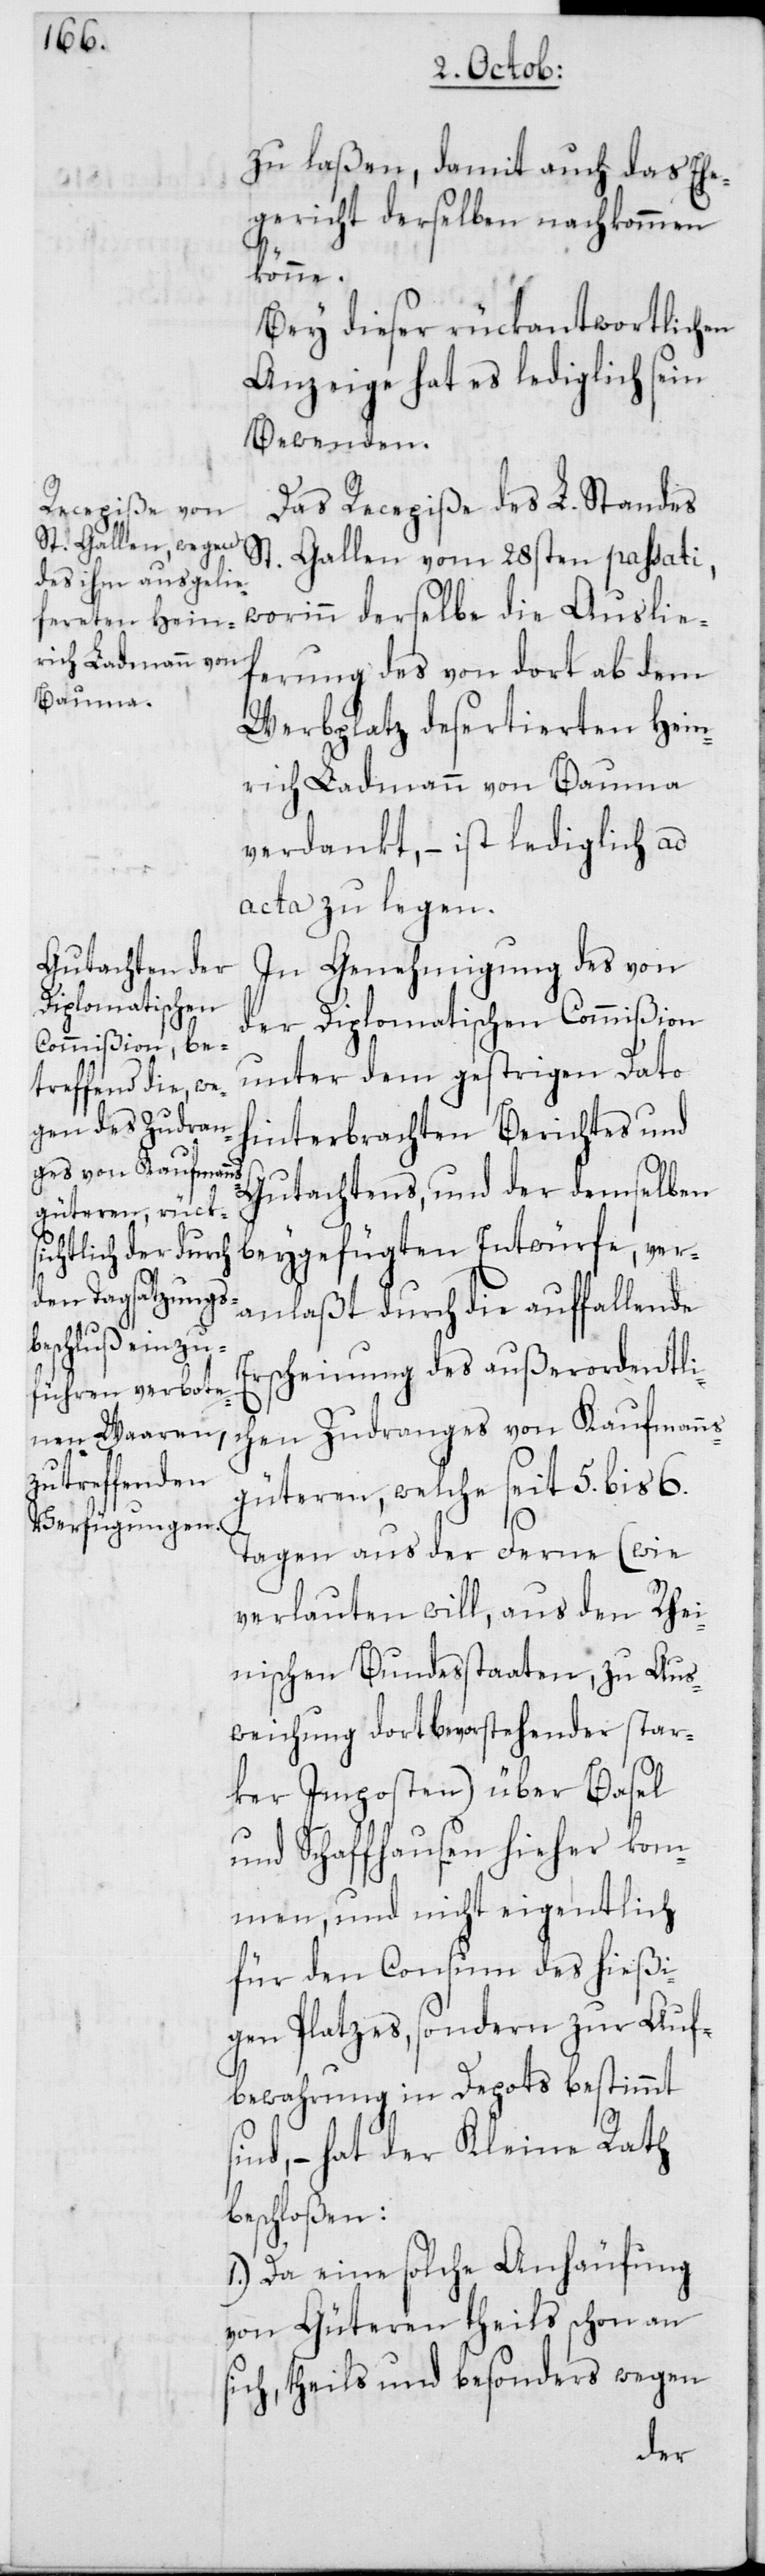
zu laßen, damit auch das Ehe¬
gericht derselben nachkommen
könne.
Bey dieser rückantwortlichen
Anzeige hat es lediglich sein
Bewenden.
Das Recepiße des L. Standes
St.
Gallen vom 28sten passati,
worinn derselbe die Auslie¬
ferung des von dort ab dem
Werbplatz desertierten Hein¬
rich Ladmann von Bauma
verdankt, – ist lediglich ad
acta zu legen.
In Genehmigung des von
der Diplomatischen Commißion
unter dem gestrigen Dato
hinterbrachten Berichtes und
Gutachtens, und der demselben
beygefügten Entwürfe, ver¬
anlaßt durch die auffallende
Erscheinung des außerordentli¬
chen Zudranges von Kaufmanns¬
güteren, welche seit 5. bis 6.
Tagen aus der Ferne (wie
verlauten will, aus den Rhei¬
nischen Bundesstaaten, zu Aus¬
weichung der dort bevorstehender star¬
ker Imposten) über Basel
und Schaffhausen hieher kom¬
men, und nicht eigentlich
für den Consum des hießi¬
gen Platzes, sondern zur Auf¬
bewahrung in Depots bestimmt
sind, – hat der Kleine Rath
beschloßen:
1. Da eine solche Anhäufung
von Güteren theils schon an
sich, theils und besonders wegen